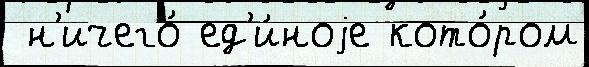
 н'ичего́ ед'и́ноjе кото́ром